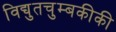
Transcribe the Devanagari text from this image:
विद्युतचुम्बकीकी